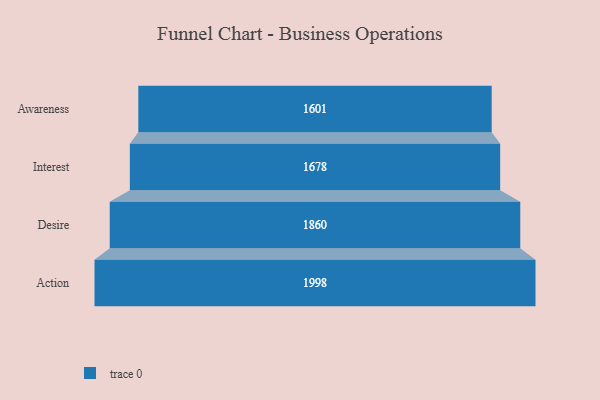
{"axis": {"x": "Stage", "y": "Value"}, "legend": [""], "data": [{"x": "Awareness", "y": 1601.0, "type": ""}, {"x": "Interest", "y": 1678.0, "type": ""}, {"x": "Desire", "y": 1860.0, "type": ""}, {"x": "Action", "y": 1998.0, "type": ""}]}